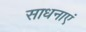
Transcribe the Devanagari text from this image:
साधनाएं